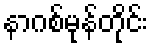
နာဂစ်မုန်တိုင်း